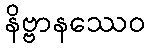
နိဗ္ဗာနဿေဝ